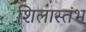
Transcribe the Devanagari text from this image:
शिलास्तंभ